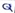
Text: Q